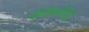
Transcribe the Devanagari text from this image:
वाताहतीची